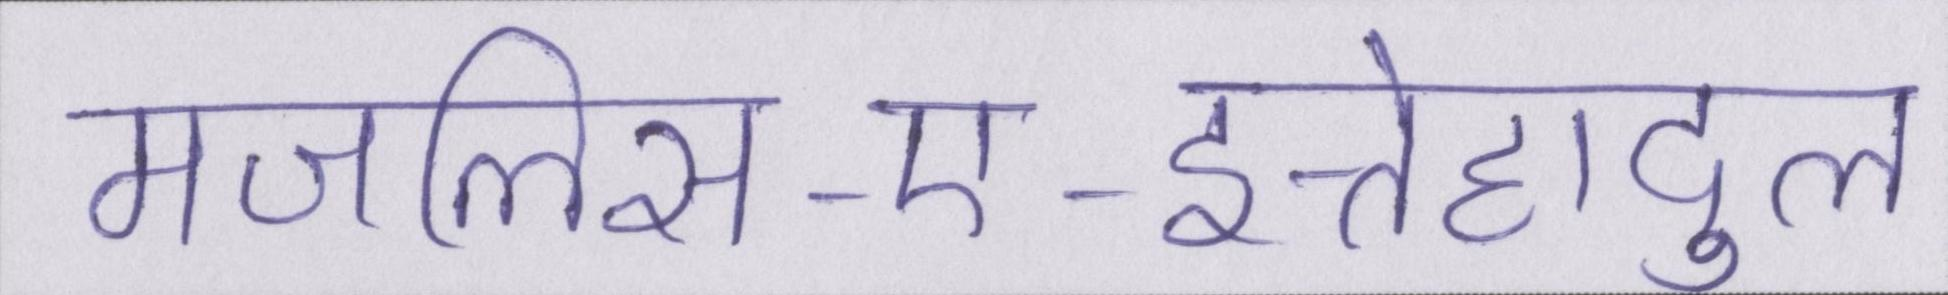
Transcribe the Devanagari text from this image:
मजलिस-ए-इत्तेहादुल